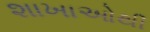
શાખાઓથી